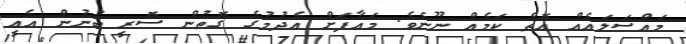
މައްސަލައެއް އޮތް ކަމެއް ނޫނެވެ. މައާފަށް އެދުމުގެ ގޮތުން ސޮރީ ބުނުން އެއީ